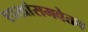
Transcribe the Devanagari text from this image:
शाखांसमवेतच